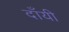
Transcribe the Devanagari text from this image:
दाँयी